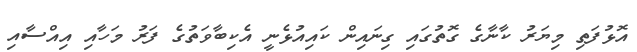
އޮޅުފަތި މިޔަރު ކާނާގެ ގޮތުގައި ގިނައިން ކައިއުޅެނީ އެކިބާވަތުގެ ފަރު މަހާއި އިއްސާއި